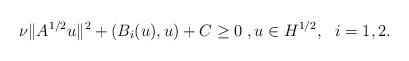
LaTeX: \begin{align*} \nu \| A^{1/2}u\|^2 +(B_i(u),u)+C \ge 0\;,u\in H^{1/2},~~i=1,2.\end{align*}